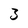
Character: 3